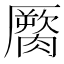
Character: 𰯖